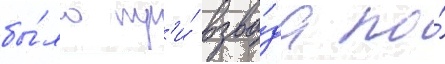
бы́ло тр'и́ взво́да по́